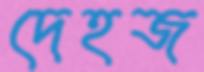
দেহজ